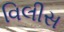
વિલીસ